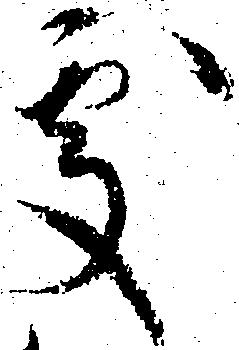
處